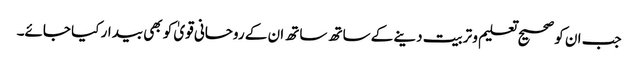
جب ان کو صحیح تعلیم و تربیت دینے کے ساتھ ساتھ ان کے روحانی قویٰ کو بھی بیدار کیا جائے۔